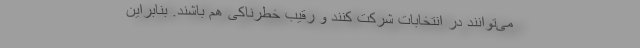
می‌توانند در انتخابات شرکت کنند و رقیب خطرناکی هم باشند. بنابراین